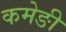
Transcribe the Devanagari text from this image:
कमेङी